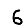
Digit: 6